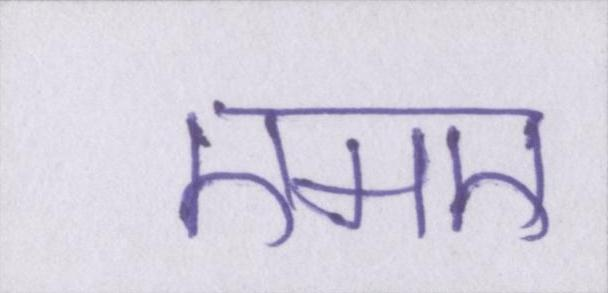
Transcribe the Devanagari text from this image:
एमए